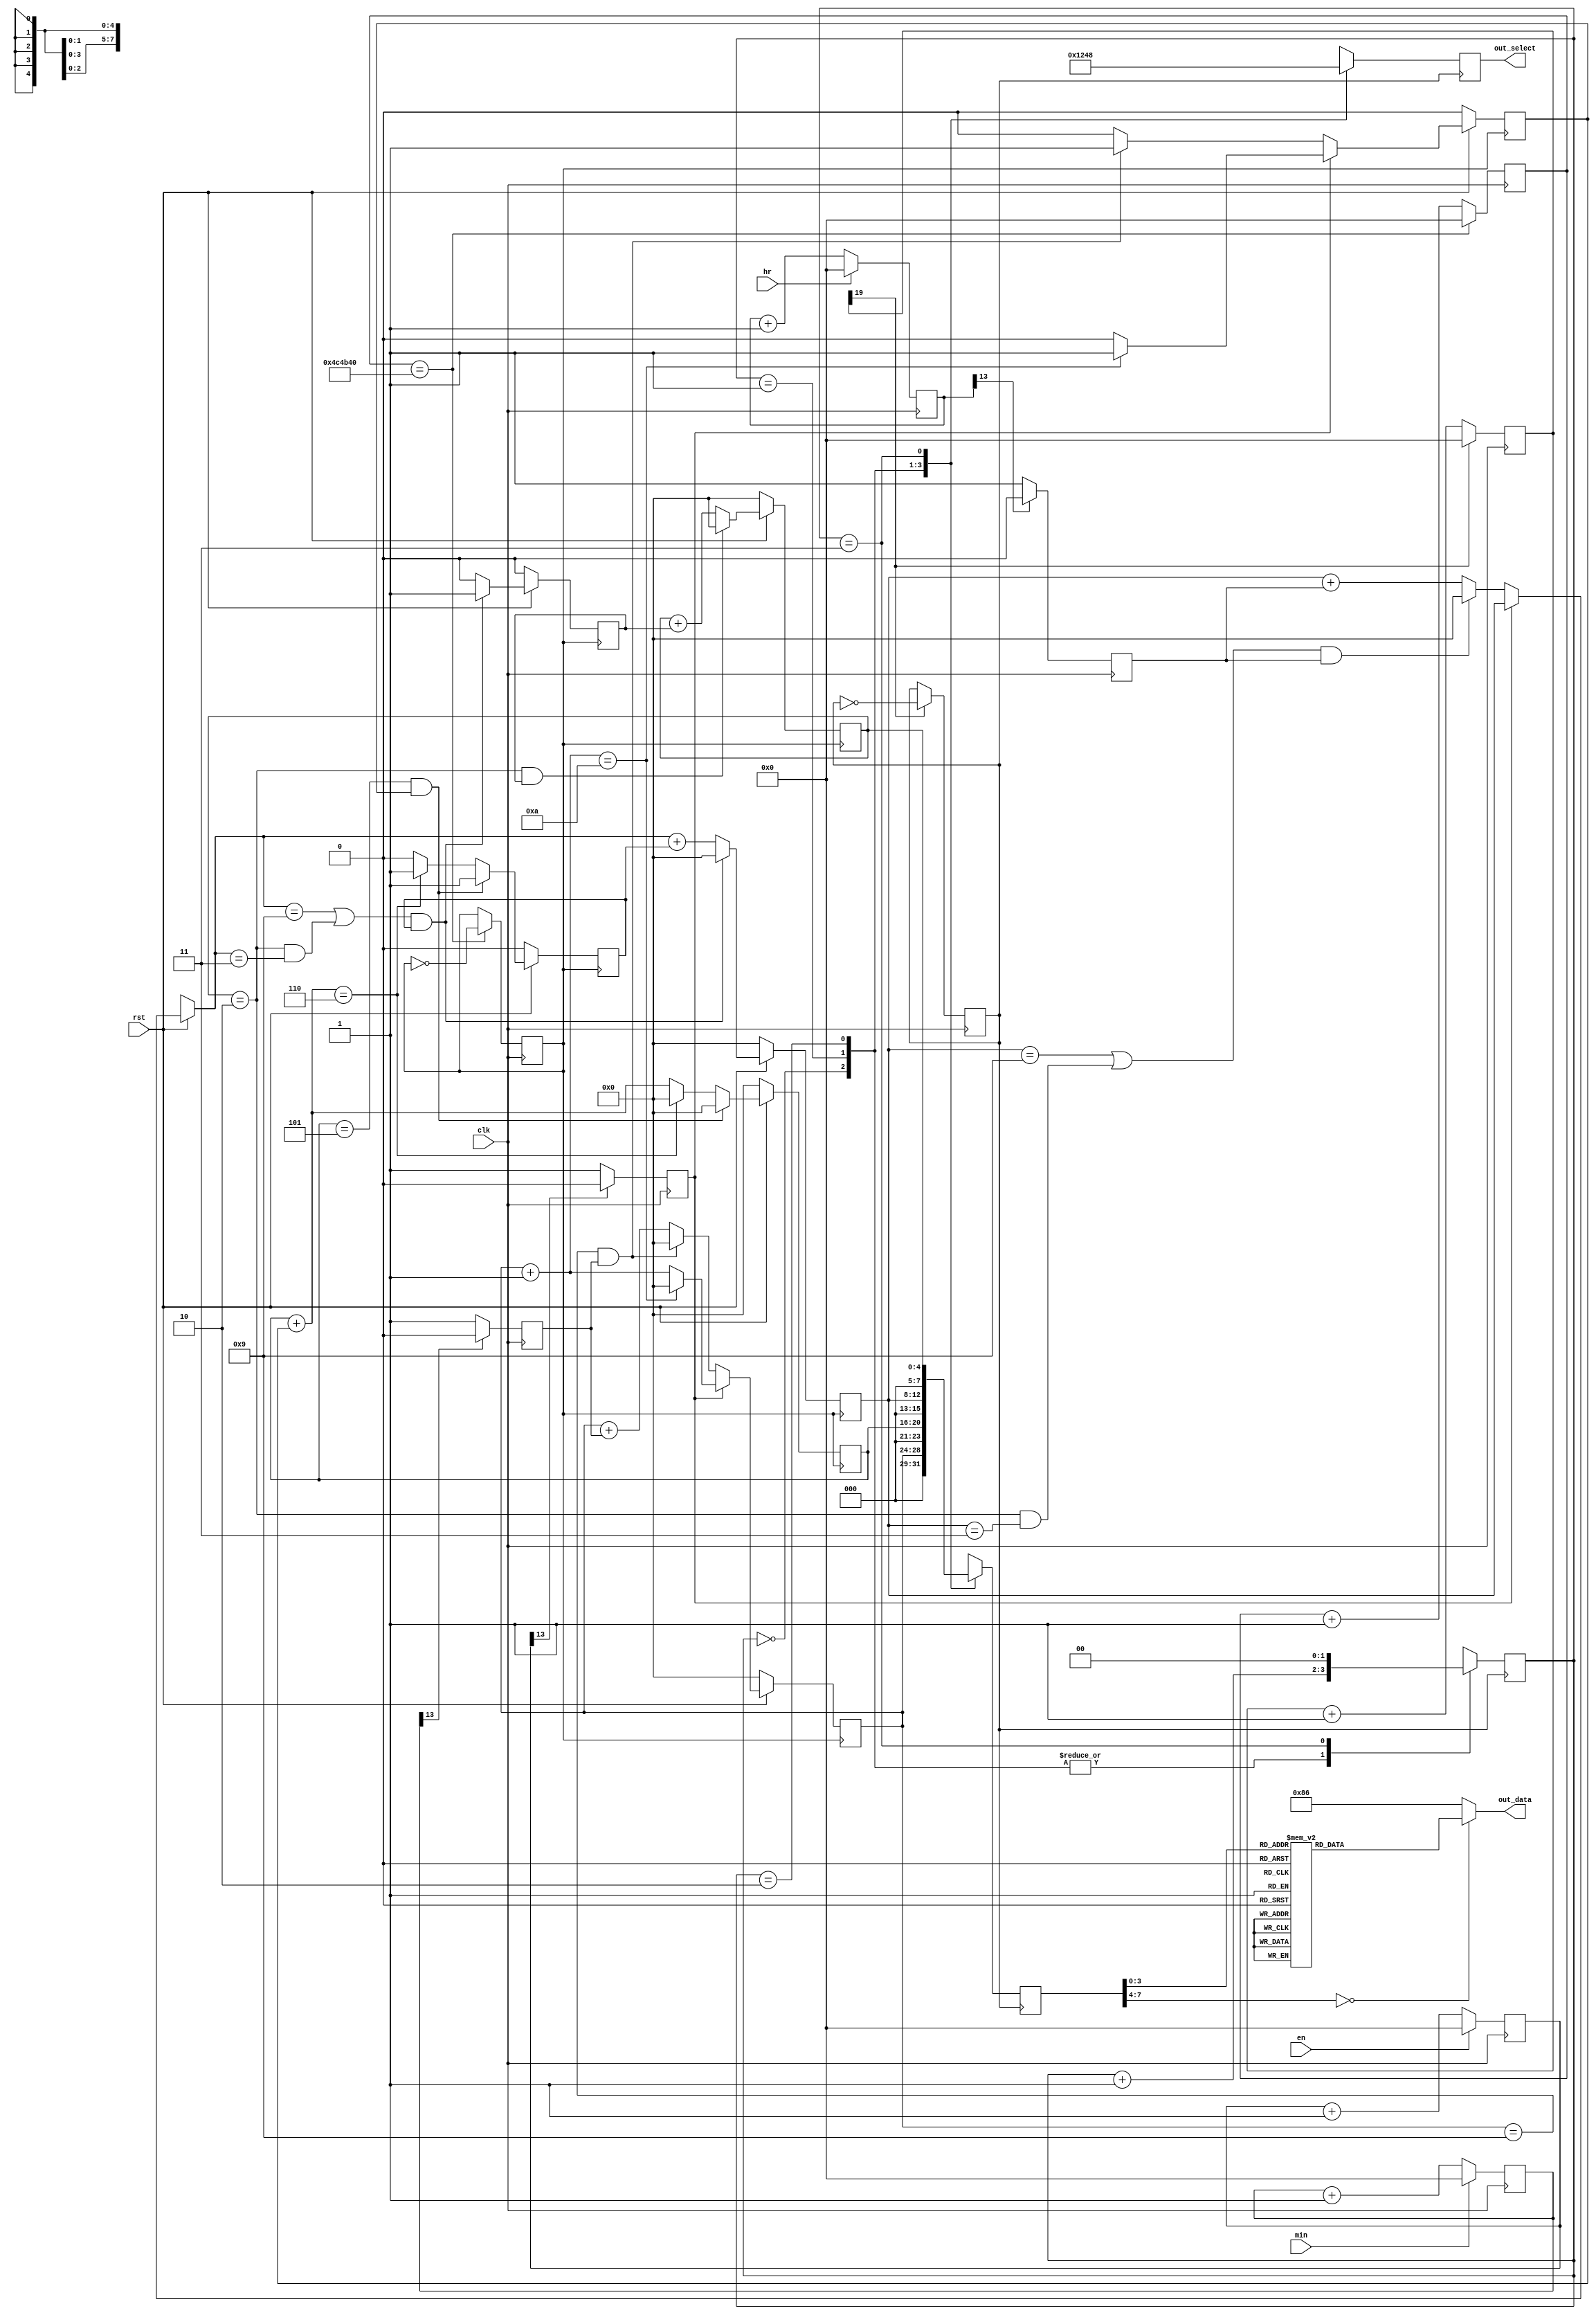
module Digital_Clock_2(clk, rst, en, min, hr, out_data, out_select);
//	EDA_Project/Digital_Clock_2
//	Version 1.2.0.040517
//	Created by Benjamin Zhang on 04/05/17
//	Copyright  2017 Benjamin Zhang
//
	input				clk;
	input				rst;
	input				en;
	input				min;
	input				hr;
	output reg [7:0]	out_data;
	output reg [3:0]	out_select;

//********************* anti_shaking *********************//
	reg [30:0]		key_low_hr, key_low_min, key_low_en;
	reg				key_hr, key_min, key_en;

	always @(posedge clk) begin
		if (!hr)	key_low_hr <= key_low_hr + 1'b1;
		else key_low_hr <= 0;
		if (!min)	key_low_min <= key_low_min + 1'b1;
		else key_low_min <= 0;
		if (!en)	key_low_en <= key_low_en + 1'b1;
		else key_low_en <= 0;
	end

	always @(posedge clk) begin
		if (key_low_hr[13] == 1'b1) key_hr <= 1'b0;
		else    key_hr <= 1'b1;
		if (key_low_min[13] == 1'b1) key_min <= 1'b0;
		else    key_min <= 1'b1;
		if (key_low_en[13] == 1'b1) key_en <= 1'b0;
		else    key_en <= 1'b1;
	end

//********************* freq_div *********************//
	reg [30:0]	count;
	reg			clk_freq_div;
	
	always @(posedge clk) begin
		if (count == 'd5000000) begin
			clk_freq_div = ~clk_freq_div;
			count <= 0;
		end
		else    count <= count + 1'b1;
	end

//*********************       *********************//
	reg [4:0]	min_low_out;
	reg			min_low_carryout;

	reg [4:0]	min_high_out;
	reg			min_high_carryout;

	reg [4:0]	hr_low_out;
	reg			hr_low_carryout;

	reg [4:0]	hr_high_out;

//********************* min_low *********************//
	always @(posedge clk_freq_div) begin
		if (!rst) begin
			min_low_out = 4'b0000;
			min_low_carryout = 0;
		end
		else begin
			if (!key_en) begin
				if (min_low_out == 4'd9 && key_min == 1) begin
					min_low_out = 4'b0000;
					min_low_carryout = 1;
				end // end else if if
				else begin
					min_low_out = min_low_out + key_min;
					min_low_carryout = 0;
				end // end else if else
			end // end else if
			else begin
				min_low_out = min_low_out + 1'b1;
				min_low_carryout = 0;
				if (min_low_out == 4'd10) begin
					min_low_out = 4'b0000;
					min_low_carryout = 1;
				end // end else else if
			end // end else else
		end // end else
	end // end always

//********************* min_high *********************//
	always @(posedge clk_freq_div) begin
		if (!rst) begin
			min_high_out = 4'b0000;
			min_high_carryout= 0;
		end
		else begin
			if (min_high_out == 4'd5 && min_low_carryout == 1) begin
				min_high_out = 4'b0000;
				min_high_carryout = 1;
			end // end else if
			else begin
				min_high_out = min_high_out + min_low_carryout;
				min_high_carryout = 0;
				if (min_high_out == 4'd6) begin
					min_high_out = 4'b0000;
					min_high_carryout = 1;
				end // end else else if
			end //end else else
		end // end else
	end // end always

//********************* hr_low *********************//
	always @(posedge clk_freq_div) begin
		if (!rst) begin
			hr_low_out = 4'b0000;
			hr_low_carryout = 0;
		end
		else begin
			if (!key_en) begin
				if ((hr_low_out == 4'd9 || hr_high_out == 4'd2 && hr_low_out == 4'd3) && key_hr == 1) begin
					hr_low_out = 4'b0000;
					hr_low_carryout = 1;
				end // end else if if
				else begin
					hr_low_out = hr_low_out + key_hr;
					hr_low_carryout = 0;
				end // end else if else
			end // end else if
			if ((hr_low_out == 4'd9 || hr_high_out == 4'd2 && hr_low_out == 4'd3) && min_high_carryout == 1) begin
				hr_low_out = 4'b0000;
				hr_low_carryout = 1;
			end // end else if
			else begin
				hr_low_out = hr_low_out + min_high_carryout;
				hr_low_carryout = 0;
			end // end else else
		end // end else
	end // end always

//********************* hr_high *********************//
	always @(posedge clk_freq_div) begin
		if (!rst)	hr_high_out = 4'b0000;
		else begin
			if (hr_high_out == 4'd2 && hr_low_carryout == 1)	hr_high_out = 4'b0000;
			else	hr_high_out = hr_high_out + hr_low_carryout;
		end
	end

//********************* LED_Processing_Unit *********************//
	reg [30:0]	count1;
	reg			clk2;
	reg [7:0]	LEDOut;
	reg [1:0]	select;

	always @(posedge clk) begin 
		if (count1[19] == 1'b1) begin
            clk2 = ~clk2;
            count1 <= 0;
		end
        else    count1 <= count1 + 1'b1;
	end

	always @(posedge clk2) begin
		case (select)
			2'b00:	begin
						LEDOut = min_low_out;
						out_select = 4'b0001;
						select = select + 1'b1;
					end
			2'b01:	begin
						LEDOut = min_high_out;
						out_select = 4'b0010;
						select = select + 1'b1;
					end
			2'b10:	begin
						LEDOut = hr_low_out;
						out_select = 4'b0100;
						select = select + 1'b1;
					end
			2'b11:	begin
						LEDOut = hr_high_out;
						out_select = 4'b1000;
						select = 2'b00;
					end
		  default:	begin
					LEDOut = 8'b11111001;
					select = 2'b00;
					end
		endcase
	end

//********************* BinToLED *********************//
	always @(*) begin
		case (LEDOut)
		  4'd0:	out_data = 8'b11000000;
		  4'd1:	out_data = 8'b11111001;
		  4'd2:	out_data = 8'b10100100;
		  4'd3:	out_data = 8'b10110000;
		  4'd4:	out_data = 8'b10011001;
		  4'd5:	out_data = 8'b10010010;
		  4'd6:	out_data = 8'b10000010;
		  4'd7:	out_data = 8'b11111000;
		  4'd8:	out_data = 8'b10000000;
		  4'd9: out_data = 8'b10010000;
		  default:	out_data = 8'b10000110;
		endcase
	end

endmodule